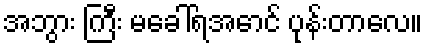
အဘွား ကြီး မခေါ်ရအောင် ပုန်းတာလေ။